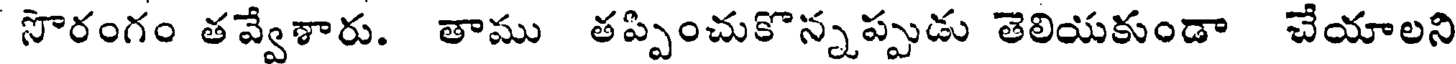
సొరంగం తవ్వేశారు. తాము తప్పించుకొన్నప్పుడు తెలియకుండా చేయాలని